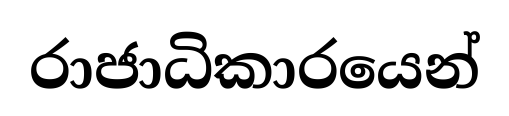
රාජාධිකාරයෙන්